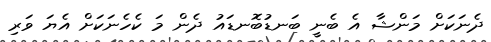
ދެނަކަށް މަންޝާ އެ ބެނީ ބަނޑުބޮނޑައު ދެން މަ ކެހެނަކަށް އެޔަ ވަރި